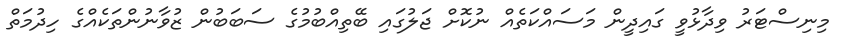
މިނިސްޓަރު ވިދާޅުވީ ގައިދީން މަސައްކަތެއް ނުކޮށް ޖަލުގައި ބޭތިއްބުމުގެ ސަބަބުން ޒުވާނުންތަކެއްގެ ހިދުމަތް